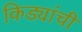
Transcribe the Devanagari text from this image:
किड्यांची